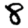
Digit: 8